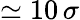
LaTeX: \simeq 10\, \sigma